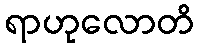
ရာဟုလောတိ